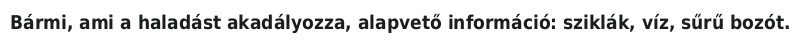
Bármi, ami a haladást akadályozza, alapvető információ: sziklák, víz, sűrű bozót.